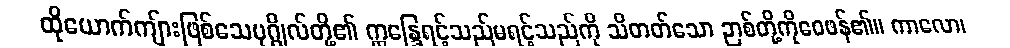
ထိုယောက်ကျ်ားဖြစ်သေပုဂ္ဂိုလ်တို့၏ ဣန္ဒြေရင့်သည်မရင့်သည်ကို သိတတ်သော ဉာစ်တို့ကိုဝေဖန်၏။ ကာလော၊